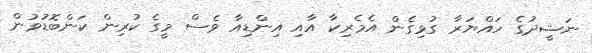
ނަޝީދުގެ ހައްޔަރާ ގުޅިގެން އެމެރިކާ އާއި އިންޑިއާ ވެސް މީގެ ކުރިން ކަންބޮޑުވުން